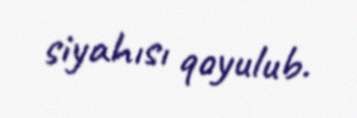
siyahısı qoyulub.